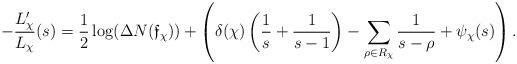
LaTeX: \begin{align*} -\real\frac{L'_\chi}{L_\chi}(s) = \frac{1}{2}\log(\Delta N(\mathfrak f_{\chi})) + \real \left(\delta(\chi)\left(\frac{1}{s}+\frac{1}{s-1}\right) -\sum_{\rho \in R_{\chi}}\frac{1}{s - \rho} + \psi_\chi(s)\right). \end{align*}